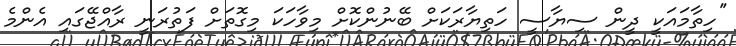
''ހިތާމައަކީ ދީން ސިޔާސީ ހަތިޔާރަކަށް ބޭނުންކޮށް މިވާހަކަ މިގޮތަށް ފަތުރަނީ ރާއްޖޭގައި އެންމެ